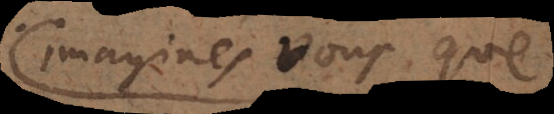
Imaginés vous que